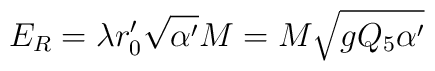
E_R= \lambda r'_0\sqrt{\alpha'} M=M\sqrt{gQ_5\alpha'}